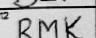
Transcription: RMK